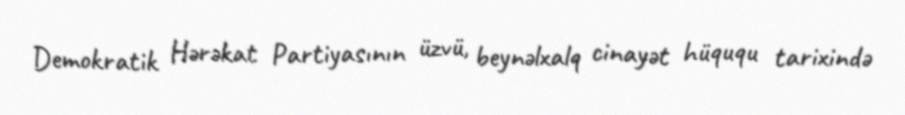
Demokratik Hərəkat Partiyasının üzvü, beynəlxalq cinayət hüququ tarixində